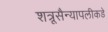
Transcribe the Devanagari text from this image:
शत्रूसैन्यापलीकडे